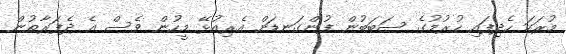
މުރަކަ ހެދިފައި ހުރުމުގެ ސަބަބުން ފުންގަނޑަށް އެރިއުޅޭ މީހުން ވެސް އެ ދެފަރާތުން